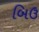
બિઉ